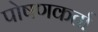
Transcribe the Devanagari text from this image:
पोषणकर्ता